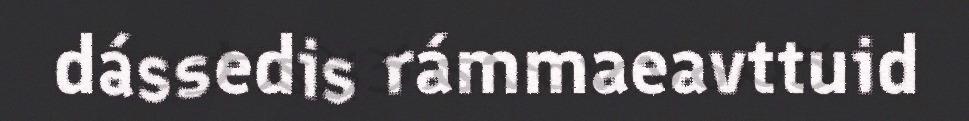
dássedis rámmaeavttuid